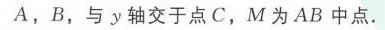
\(A\)，\(B\)，与 \(y\) 轴交于点 \(C\)，\(M\) 为 \(AB\) 中点.